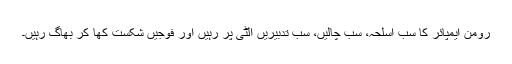
رومن ایمپائر کا سب اسلحہ، سب چالیں، سب تدبیریں الٹی پر رہیں اور فوجیں شکست کھا کر بھاگ رہیں۔